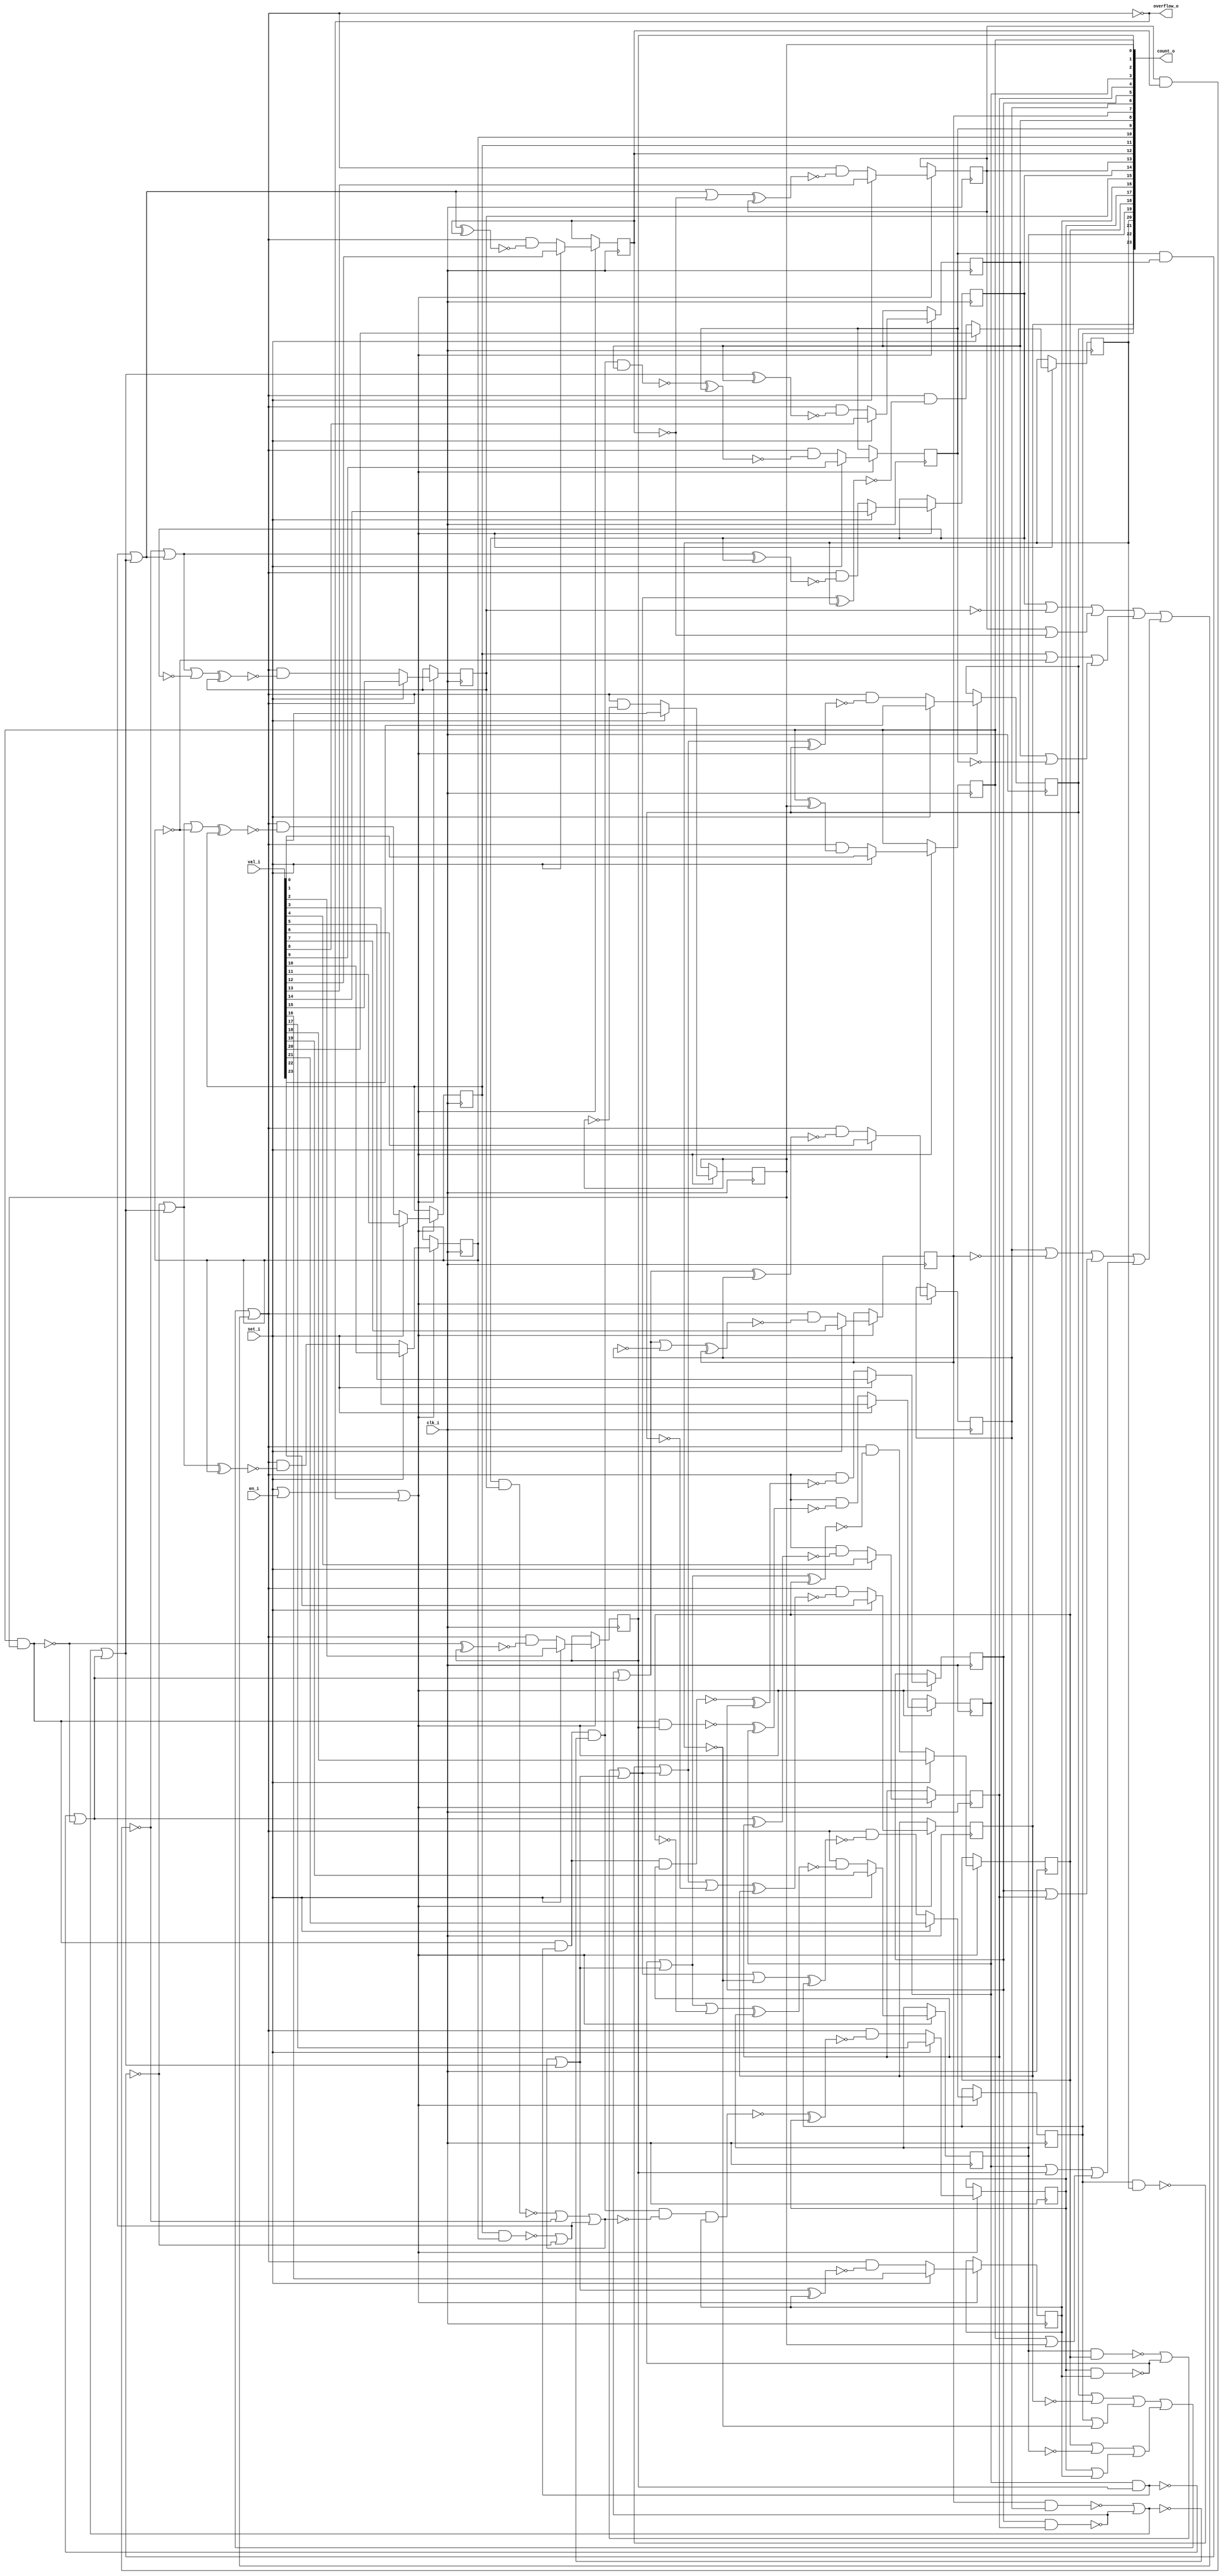
/* Generated by Yosys 0.27+9 (git sha1 101d19bb6, gcc 11.2.0-7ubuntu2 -fPIC -Os) */

(* top =  1  *)

module bsg_counter_overflow_set_en(clk_i, en_i, set_i, val_i, count_o, overflow_o);
  
  wire [23:0] _000_;
  wire _001_;
  wire _002_;
  wire _003_;
  wire _004_;
  wire _005_;
  wire _006_;
  wire _007_;
  wire _008_;
  wire _009_;
  wire _010_;
  wire _011_;
  wire _012_;
  wire _013_;
  wire _014_;
  wire _015_;
  wire _016_;
  wire _017_;
  wire _018_;
  wire _019_;
  wire _020_;
  wire _021_;
  wire _022_;
  wire _023_;
  wire _024_;
  wire _025_;
  wire _026_;
  wire _027_;
  wire _028_;
  wire _029_;
  wire _030_;
  wire _031_;
  wire _032_;
  wire _033_;
  wire _034_;
  wire _035_;
  wire _036_;
  wire _037_;
  wire _038_;
  wire _039_;
  wire _040_;
  wire _041_;
  wire _042_;
  wire _043_;
  wire _044_;
  wire _045_;
  wire _046_;
  wire _047_;
  wire _048_;
  wire _049_;
  wire _050_;
  wire _051_;
  wire _052_;
  wire _053_;
  wire _054_;
  wire _055_;
  wire _056_;
  wire _057_;
  wire _058_;
  wire _059_;
  wire _060_;
  wire _061_;
  wire _062_;
  wire _063_;
  wire _064_;
  wire _065_;
  wire _066_;
  wire _067_;
  wire _068_;
  wire _069_;
  wire _070_;
  wire _071_;
  wire _072_;
  wire _073_;
  wire _074_;
  wire _075_;
  wire _076_;
  wire _077_;
  wire _078_;
  wire _079_;
  wire _080_;
  wire _081_;
  wire _082_;
  wire _083_;
  wire _084_;
  wire _085_;
  wire _086_;
  wire _087_;
  wire _088_;
  wire _089_;
  wire _090_;
  wire _091_;
  wire _092_;
  wire _093_;
  wire _094_;
  wire _095_;
  wire _096_;
  wire _097_;
  wire _098_;
  wire _099_;
  wire _100_;
  wire _101_;
  wire _102_;
  wire _103_;
  wire _104_;
  wire _105_;
  wire _106_;
  wire _107_;
  wire _108_;
  wire _109_;
  wire _110_;
  wire _111_;
  wire _112_;
  wire _113_;
  
  input clk_i;
  wire clk_i;
  
  output [23:0] count_o;
  reg [23:0] count_o;
  
  input en_i;
  wire en_i;
  
  output overflow_o;
  wire overflow_o;
  
  input set_i;
  wire set_i;
  
  input [23:0] val_i;
  wire [23:0] val_i;
  assign _091_ = count_o[1] | count_o[0];
  assign _092_ = count_o[3] | count_o[2];
  assign _093_ = _092_ | _091_;
  assign _094_ = count_o[5] | count_o[4];
  assign _095_ = count_o[6] | ~(count_o[7]);
  assign _096_ = _095_ | _094_;
  assign _097_ = _096_ | _093_;
  assign _098_ = count_o[8] | ~(count_o[9]);
  assign _099_ = count_o[11] | ~(count_o[10]);
  assign _100_ = _099_ | _098_;
  assign _101_ = count_o[13] | ~(count_o[12]);
  assign _102_ = count_o[14] | ~(count_o[15]);
  assign _103_ = _102_ | _101_;
  assign _104_ = _103_ | _100_;
  assign _105_ = _104_ | _097_;
  assign _106_ = count_o[17] | count_o[16];
  assign _107_ = count_o[18] | ~(count_o[19]);
  assign _108_ = _107_ | _106_;
  assign _109_ = count_o[21] | ~(count_o[20]);
  assign _110_ = count_o[22] | ~(count_o[23]);
  assign _111_ = _110_ | _109_;
  assign _112_ = _111_ | _108_;
  assign _113_ = _112_ | _105_;
  assign overflow_o = ~_113_;
  assign _002_ = set_i | en_i;
  assign _001_ = _002_ | ~(_113_);
  assign _003_ = _113_ & ~(count_o[0]);
  assign _000_[0] = set_i ? val_i[0] : _003_;
  assign _004_ = ~(count_o[1] ^ count_o[0]);
  assign _005_ = _113_ & ~(_004_);
  assign _000_[1] = set_i ? val_i[1] : _005_;
  assign _006_ = ~(count_o[1] & count_o[0]);
  assign _007_ = _006_ ^ count_o[2];
  assign _008_ = _113_ & ~(_007_);
  assign _000_[2] = set_i ? val_i[2] : _008_;
  assign _009_ = count_o[1] & count_o[0];
  assign _010_ = ~(_009_ & count_o[2]);
  assign _011_ = _010_ ^ count_o[3];
  assign _012_ = _113_ & ~(_011_);
  assign _000_[3] = set_i ? val_i[3] : _012_;
  assign _013_ = ~(count_o[3] & count_o[2]);
  assign _014_ = _013_ | _006_;
  assign _015_ = _014_ ^ count_o[4];
  assign _016_ = _113_ & ~(_015_);
  assign _000_[4] = set_i ? val_i[4] : _016_;
  assign _017_ = _009_ & ~(_013_);
  assign _018_ = ~(_017_ & count_o[4]);
  assign _019_ = _018_ ^ count_o[5];
  assign _020_ = _113_ & ~(_019_);
  assign _000_[5] = set_i ? val_i[5] : _020_;
  assign _021_ = ~(count_o[5] & count_o[4]);
  assign _022_ = _021_ | _014_;
  assign _023_ = _022_ ^ count_o[6];
  assign _024_ = _113_ & ~(_023_);
  assign _000_[6] = set_i ? val_i[6] : _024_;
  assign _025_ = _022_ | ~(count_o[6]);
  assign _026_ = _025_ ^ count_o[7];
  assign _027_ = _113_ & ~(_026_);
  assign _000_[7] = set_i ? val_i[7] : _027_;
  assign _028_ = ~(count_o[7] & count_o[6]);
  assign _029_ = _028_ | _021_;
  assign _030_ = _029_ | _014_;
  assign _031_ = _030_ ^ count_o[8];
  assign _032_ = _113_ & ~(_031_);
  assign _000_[8] = set_i ? val_i[8] : _032_;
  assign _033_ = _017_ & ~(_029_);
  assign _034_ = ~(_033_ & count_o[8]);
  assign _035_ = _034_ ^ count_o[9];
  assign _036_ = _113_ & ~(_035_);
  assign _000_[9] = set_i ? val_i[9] : _036_;
  assign _037_ = ~(count_o[9] & count_o[8]);
  assign _038_ = _037_ | _030_;
  assign _039_ = _038_ ^ count_o[10];
  assign _040_ = _113_ & ~(_039_);
  assign _000_[10] = set_i ? val_i[10] : _040_;
  assign _041_ = _038_ | ~(count_o[10]);
  assign _042_ = _041_ ^ count_o[11];
  assign _043_ = _113_ & ~(_042_);
  assign _000_[11] = set_i ? val_i[11] : _043_;
  assign _044_ = ~(count_o[11] & count_o[10]);
  assign _045_ = _044_ | _037_;
  assign _046_ = _045_ | _030_;
  assign _047_ = _046_ ^ count_o[12];
  assign _048_ = _113_ & ~(_047_);
  assign _000_[12] = set_i ? val_i[12] : _048_;
  assign _049_ = _046_ | ~(count_o[12]);
  assign _050_ = _049_ ^ count_o[13];
  assign _051_ = _113_ & ~(_050_);
  assign _000_[13] = set_i ? val_i[13] : _051_;
  assign _052_ = ~(count_o[13] & count_o[12]);
  assign _053_ = _052_ | _046_;
  assign _054_ = _053_ ^ count_o[14];
  assign _055_ = _113_ & ~(_054_);
  assign _000_[14] = set_i ? val_i[14] : _055_;
  assign _056_ = _053_ | ~(count_o[14]);
  assign _057_ = _056_ ^ count_o[15];
  assign _058_ = _113_ & ~(_057_);
  assign _000_[15] = set_i ? val_i[15] : _058_;
  assign _059_ = ~(count_o[14] & count_o[15]);
  assign _060_ = _059_ | _052_;
  assign _061_ = _060_ | _045_;
  assign _062_ = _061_ | _030_;
  assign _063_ = _062_ ^ count_o[16];
  assign _064_ = _113_ & ~(_063_);
  assign _000_[16] = set_i ? val_i[16] : _064_;
  assign _065_ = _033_ & ~(_061_);
  assign _066_ = ~(_065_ & count_o[16]);
  assign _067_ = _066_ ^ count_o[17];
  assign _068_ = _113_ & ~(_067_);
  assign _000_[17] = set_i ? val_i[17] : _068_;
  assign _069_ = ~(count_o[17] & count_o[16]);
  assign _070_ = _069_ | _062_;
  assign _071_ = _070_ ^ count_o[18];
  assign _072_ = _113_ & ~(_071_);
  assign _000_[18] = set_i ? val_i[18] : _072_;
  assign _073_ = _070_ | ~(count_o[18]);
  assign _074_ = _073_ ^ count_o[19];
  assign _075_ = _113_ & ~(_074_);
  assign _000_[19] = set_i ? val_i[19] : _075_;
  assign _076_ = ~(count_o[19] & count_o[18]);
  assign _077_ = _076_ | _069_;
  assign _078_ = _077_ | _062_;
  assign _079_ = _078_ ^ count_o[20];
  assign _080_ = _113_ & ~(_079_);
  assign _000_[20] = set_i ? val_i[20] : _080_;
  assign _081_ = _078_ | ~(count_o[20]);
  assign _082_ = _081_ ^ count_o[21];
  assign _083_ = _113_ & ~(_082_);
  assign _000_[21] = set_i ? val_i[21] : _083_;
  assign _084_ = ~(count_o[21] & count_o[20]);
  assign _085_ = _084_ | _078_;
  assign _086_ = _085_ ^ count_o[22];
  assign _087_ = _113_ & ~(_086_);
  assign _000_[22] = set_i ? val_i[22] : _087_;
  assign _088_ = _085_ | ~(count_o[22]);
  assign _089_ = _088_ ^ count_o[23];
  assign _090_ = _113_ & ~(_089_);
  assign _000_[23] = set_i ? val_i[23] : _090_;
  (* \always_ff  = 32'd1 *)
  
  always @(posedge clk_i)
    if (_001_) count_o[0] <= _000_[0];
  (* \always_ff  = 32'd1 *)
  
  always @(posedge clk_i)
    if (_001_) count_o[1] <= _000_[1];
  (* \always_ff  = 32'd1 *)
  
  always @(posedge clk_i)
    if (_001_) count_o[2] <= _000_[2];
  (* \always_ff  = 32'd1 *)
  
  always @(posedge clk_i)
    if (_001_) count_o[3] <= _000_[3];
  (* \always_ff  = 32'd1 *)
  
  always @(posedge clk_i)
    if (_001_) count_o[4] <= _000_[4];
  (* \always_ff  = 32'd1 *)
  
  always @(posedge clk_i)
    if (_001_) count_o[5] <= _000_[5];
  (* \always_ff  = 32'd1 *)
  
  always @(posedge clk_i)
    if (_001_) count_o[6] <= _000_[6];
  (* \always_ff  = 32'd1 *)
  
  always @(posedge clk_i)
    if (_001_) count_o[7] <= _000_[7];
  (* \always_ff  = 32'd1 *)
  
  always @(posedge clk_i)
    if (_001_) count_o[8] <= _000_[8];
  (* \always_ff  = 32'd1 *)
  
  always @(posedge clk_i)
    if (_001_) count_o[9] <= _000_[9];
  (* \always_ff  = 32'd1 *)
  
  always @(posedge clk_i)
    if (_001_) count_o[10] <= _000_[10];
  (* \always_ff  = 32'd1 *)
  
  always @(posedge clk_i)
    if (_001_) count_o[11] <= _000_[11];
  (* \always_ff  = 32'd1 *)
  
  always @(posedge clk_i)
    if (_001_) count_o[12] <= _000_[12];
  (* \always_ff  = 32'd1 *)
  
  always @(posedge clk_i)
    if (_001_) count_o[13] <= _000_[13];
  (* \always_ff  = 32'd1 *)
  
  always @(posedge clk_i)
    if (_001_) count_o[14] <= _000_[14];
  (* \always_ff  = 32'd1 *)
  
  always @(posedge clk_i)
    if (_001_) count_o[15] <= _000_[15];
  (* \always_ff  = 32'd1 *)
  
  always @(posedge clk_i)
    if (_001_) count_o[16] <= _000_[16];
  (* \always_ff  = 32'd1 *)
  
  always @(posedge clk_i)
    if (_001_) count_o[17] <= _000_[17];
  (* \always_ff  = 32'd1 *)
  
  always @(posedge clk_i)
    if (_001_) count_o[18] <= _000_[18];
  (* \always_ff  = 32'd1 *)
  
  always @(posedge clk_i)
    if (_001_) count_o[19] <= _000_[19];
  (* \always_ff  = 32'd1 *)
  
  always @(posedge clk_i)
    if (_001_) count_o[20] <= _000_[20];
  (* \always_ff  = 32'd1 *)
  
  always @(posedge clk_i)
    if (_001_) count_o[21] <= _000_[21];
  (* \always_ff  = 32'd1 *)
  
  always @(posedge clk_i)
    if (_001_) count_o[22] <= _000_[22];
  (* \always_ff  = 32'd1 *)
  
  always @(posedge clk_i)
    if (_001_) count_o[23] <= _000_[23];
endmodule